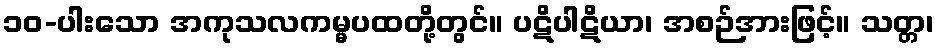
၁၀-ပါးသော အကုသလကမ္မပထတို့တွင်။ ပဋိပါဋိယာ၊ အစဉ်အားဖြင့်။ သတ္တ၊